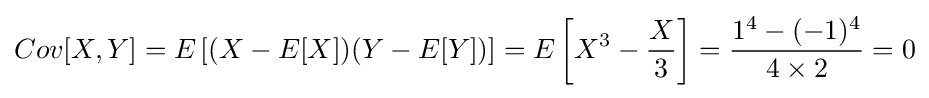
Cov[X,Y]=E\left[(X-E[X])(Y-E[Y])\right]=E\left[X^{3}-{X \over 3}\right]={{1^{4}-(-1)^{4}} \over {4\times 2}}=0